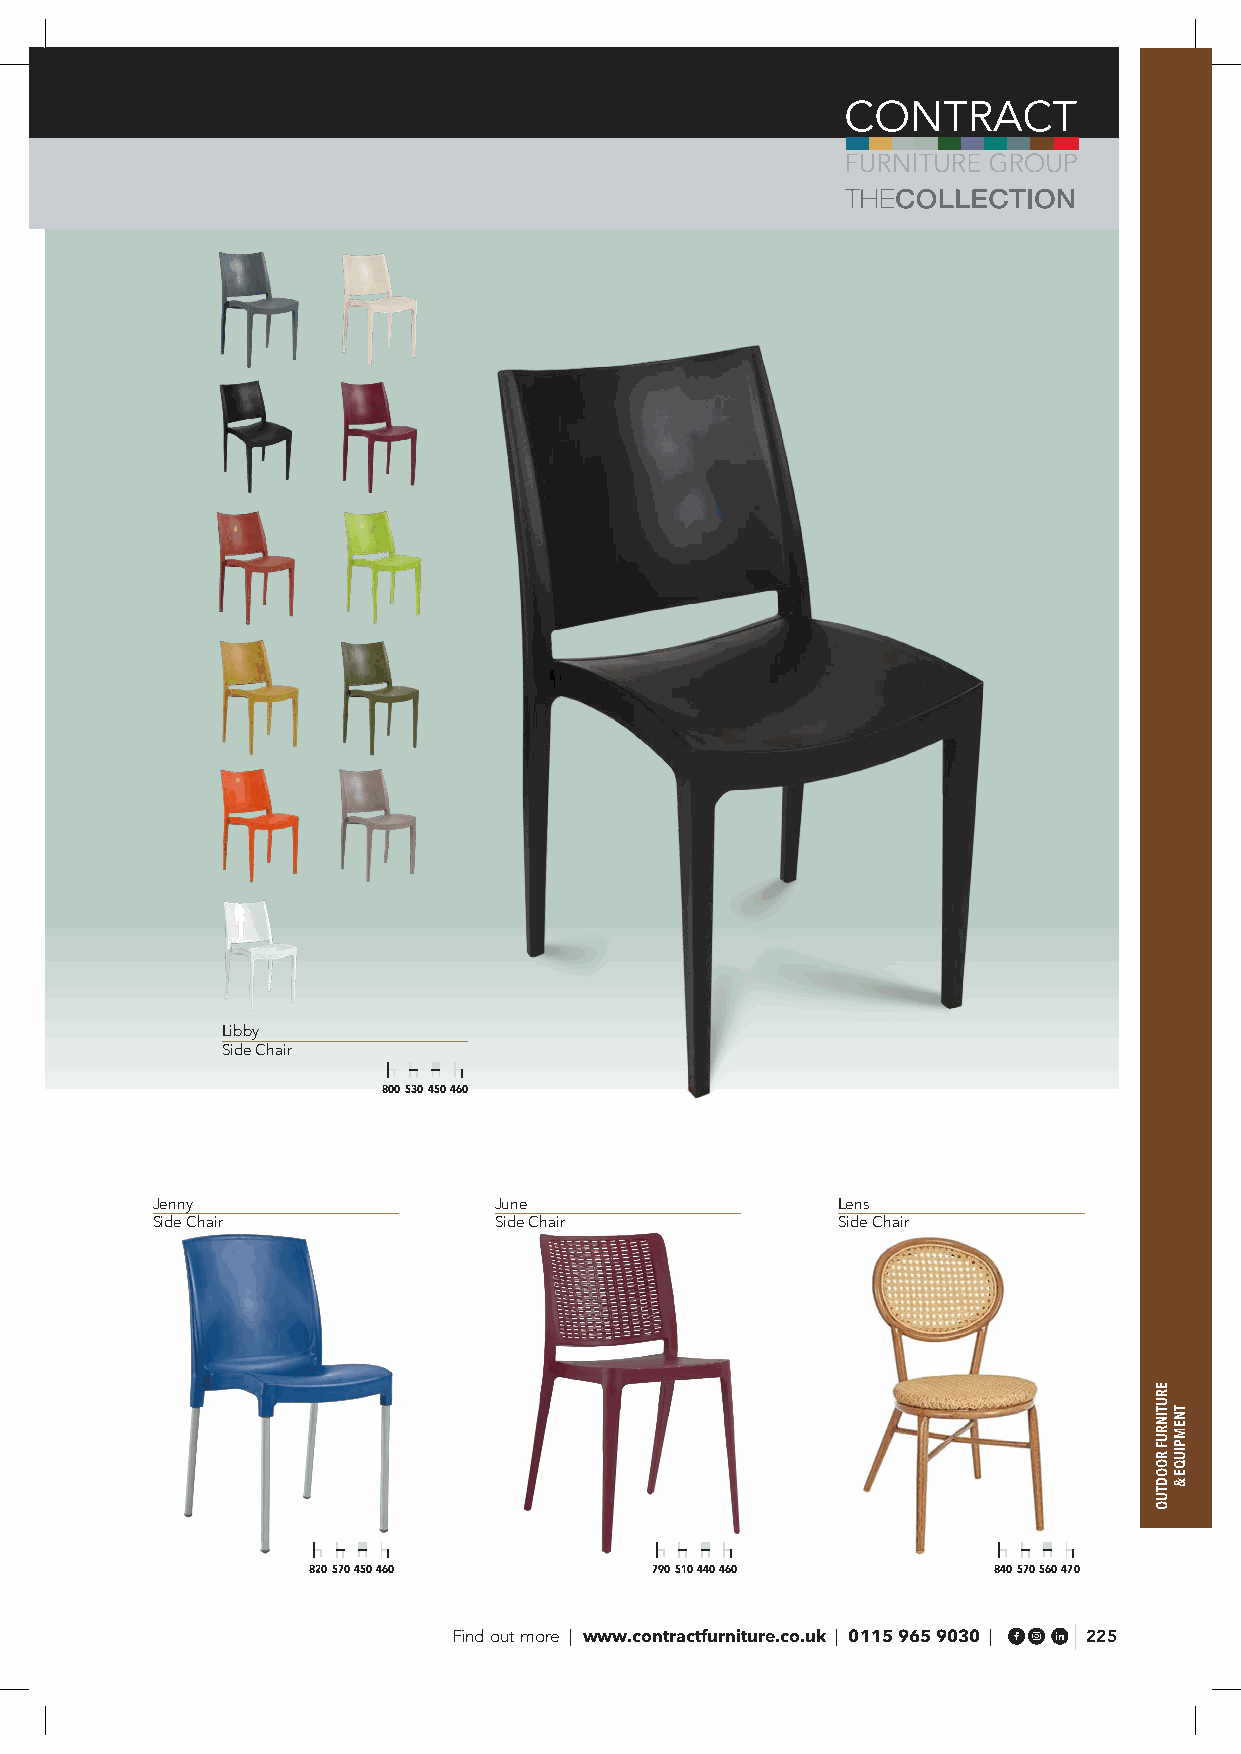
Libby
 Side Chair
 800 530 450 460
 Jenny                  June                  Lens
 Side Chair             Side Chair            Side Chair
 820 570 450 460        790 510 440 460        840 570 560 470
 Find out more | www.contractfurniture.co.uk | 0115 965 9030 | 225
 ERUTINRUF
 ROODTUO
 TNEMPIUQE
 &